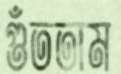
গুঁততাম